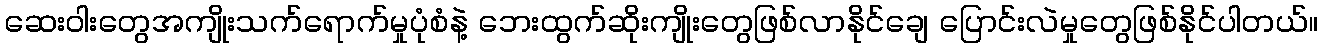
ဆေးဝါးတွေအကျိုးသက်ရောက်မှုပုံစံနဲ့ ဘေးထွက်ဆိုးကျိုးတွေဖြစ်လာနိုင်ချေ ပြောင်းလဲမှုတွေဖြစ်နိုင်ပါတယ်။